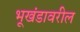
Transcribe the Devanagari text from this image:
भूखंडावरील